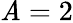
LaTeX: \mathit{A}=2